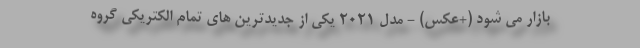
بازار می شود (+عکس) - مدل 2021 یکی از جدیدترین های تمام الکتریکی گروه